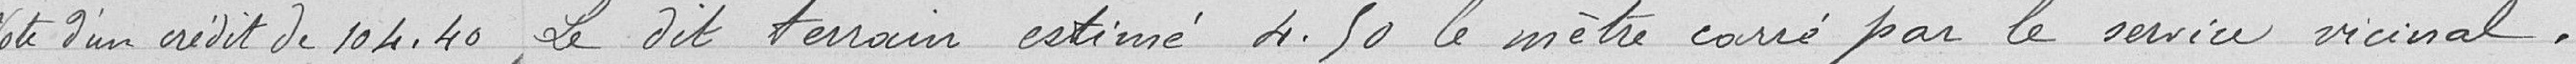
Vote d'un crédit de 104,40 - Le dit terrain estimé 4.50 le mètre carré par le service vicinal,